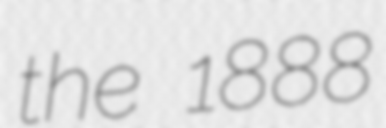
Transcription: the 1888